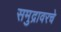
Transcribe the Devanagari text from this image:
समुद्रावरचे